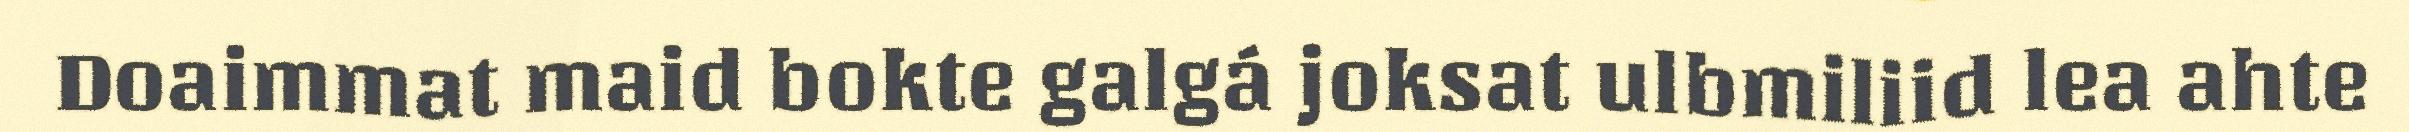
Doaimmat maid bokte galgá joksat ulbmiliid lea ahte